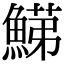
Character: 𩹋